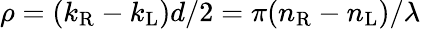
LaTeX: \rho=(k_{\mathrm{R}}-k_{\mathrm{L}})d/2=\pi(n_{\mathrm{R}}-n_{\mathrm{L}})/\lambda